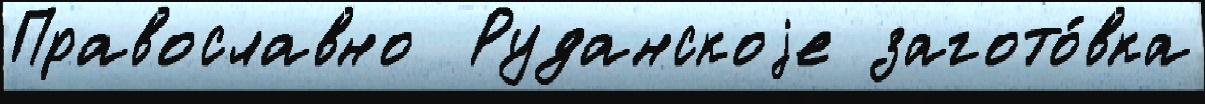
Православно  Руданскоjе загото́вка